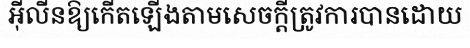
អ៊ីលីនឱ្យកើតឡើងតាមសេចក្តីត្រូវការបានដោយ